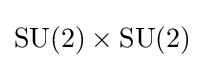
\mathrm {SU} (2)\times \mathrm {SU} (2)